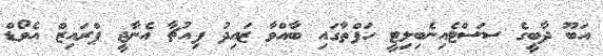
އަބޫ ދާބީގެ ސަސްޓެއިނެބިލިޓީ ހަފްތާގައި ބާއްވާ ޒައިދު ފިއުޗާ އެނާޖީ ޕްރައިޒް އެވޯޑް